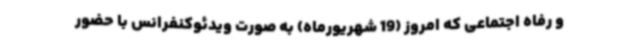
و رفاه اجتماعی که امروز (19 شهریورماه) به صورت ویدئوکنفرانس با حضور